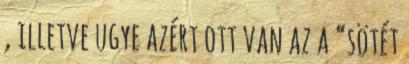
, illetve ugye azért ott van az a “sötét